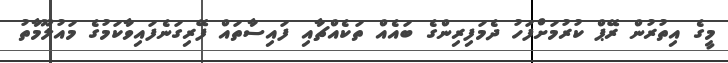
މީގެ އިތުރުން ރޭޕް ކުރުމަށްފަހު ދެމަފިރިންގެ ބައެއް ތަކެއްޗާއި ފައިސާތައް ފޭރިގަނެފައިވާކަމުގެ މައުލޫމާތު